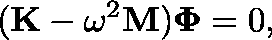
( \mathbf { K } - \mathbf { \omega } ^ { 2 } \mathbf { M } ) \mathbf { \Phi } = 0 ,